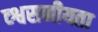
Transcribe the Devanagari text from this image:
व्श्वसनीयता